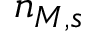
n _ { M , s }